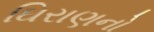
ઘિરાણનો